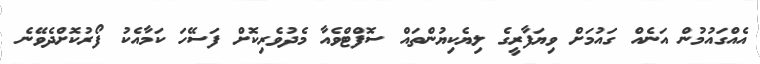
އެއްގައުމުން އަނެއް ގައުމަށް ވިޔަފާރީގެ ލިޔެކިޔުންތައް ސޮފްޓްވެއާ މެދުވެރިކޮށް ފަސޭހަ ކަމާއެކު ފޯރުކޮށްދެވޭނެ